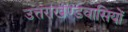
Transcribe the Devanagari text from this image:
उत्तराखण्डवासियों